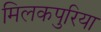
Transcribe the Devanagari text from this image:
मिलकपुरिया